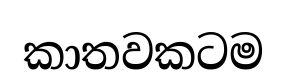
කාතවකටම